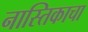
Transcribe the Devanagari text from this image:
नास्तिकाचा